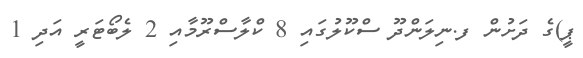
ޕީ)ގެ ދަށުން ފ.ނިލަންދޫ ސްކޫލުގައި 8 ކްލާސްރޫމާއި 2 ލެބޯޓަރީ އަދި 1